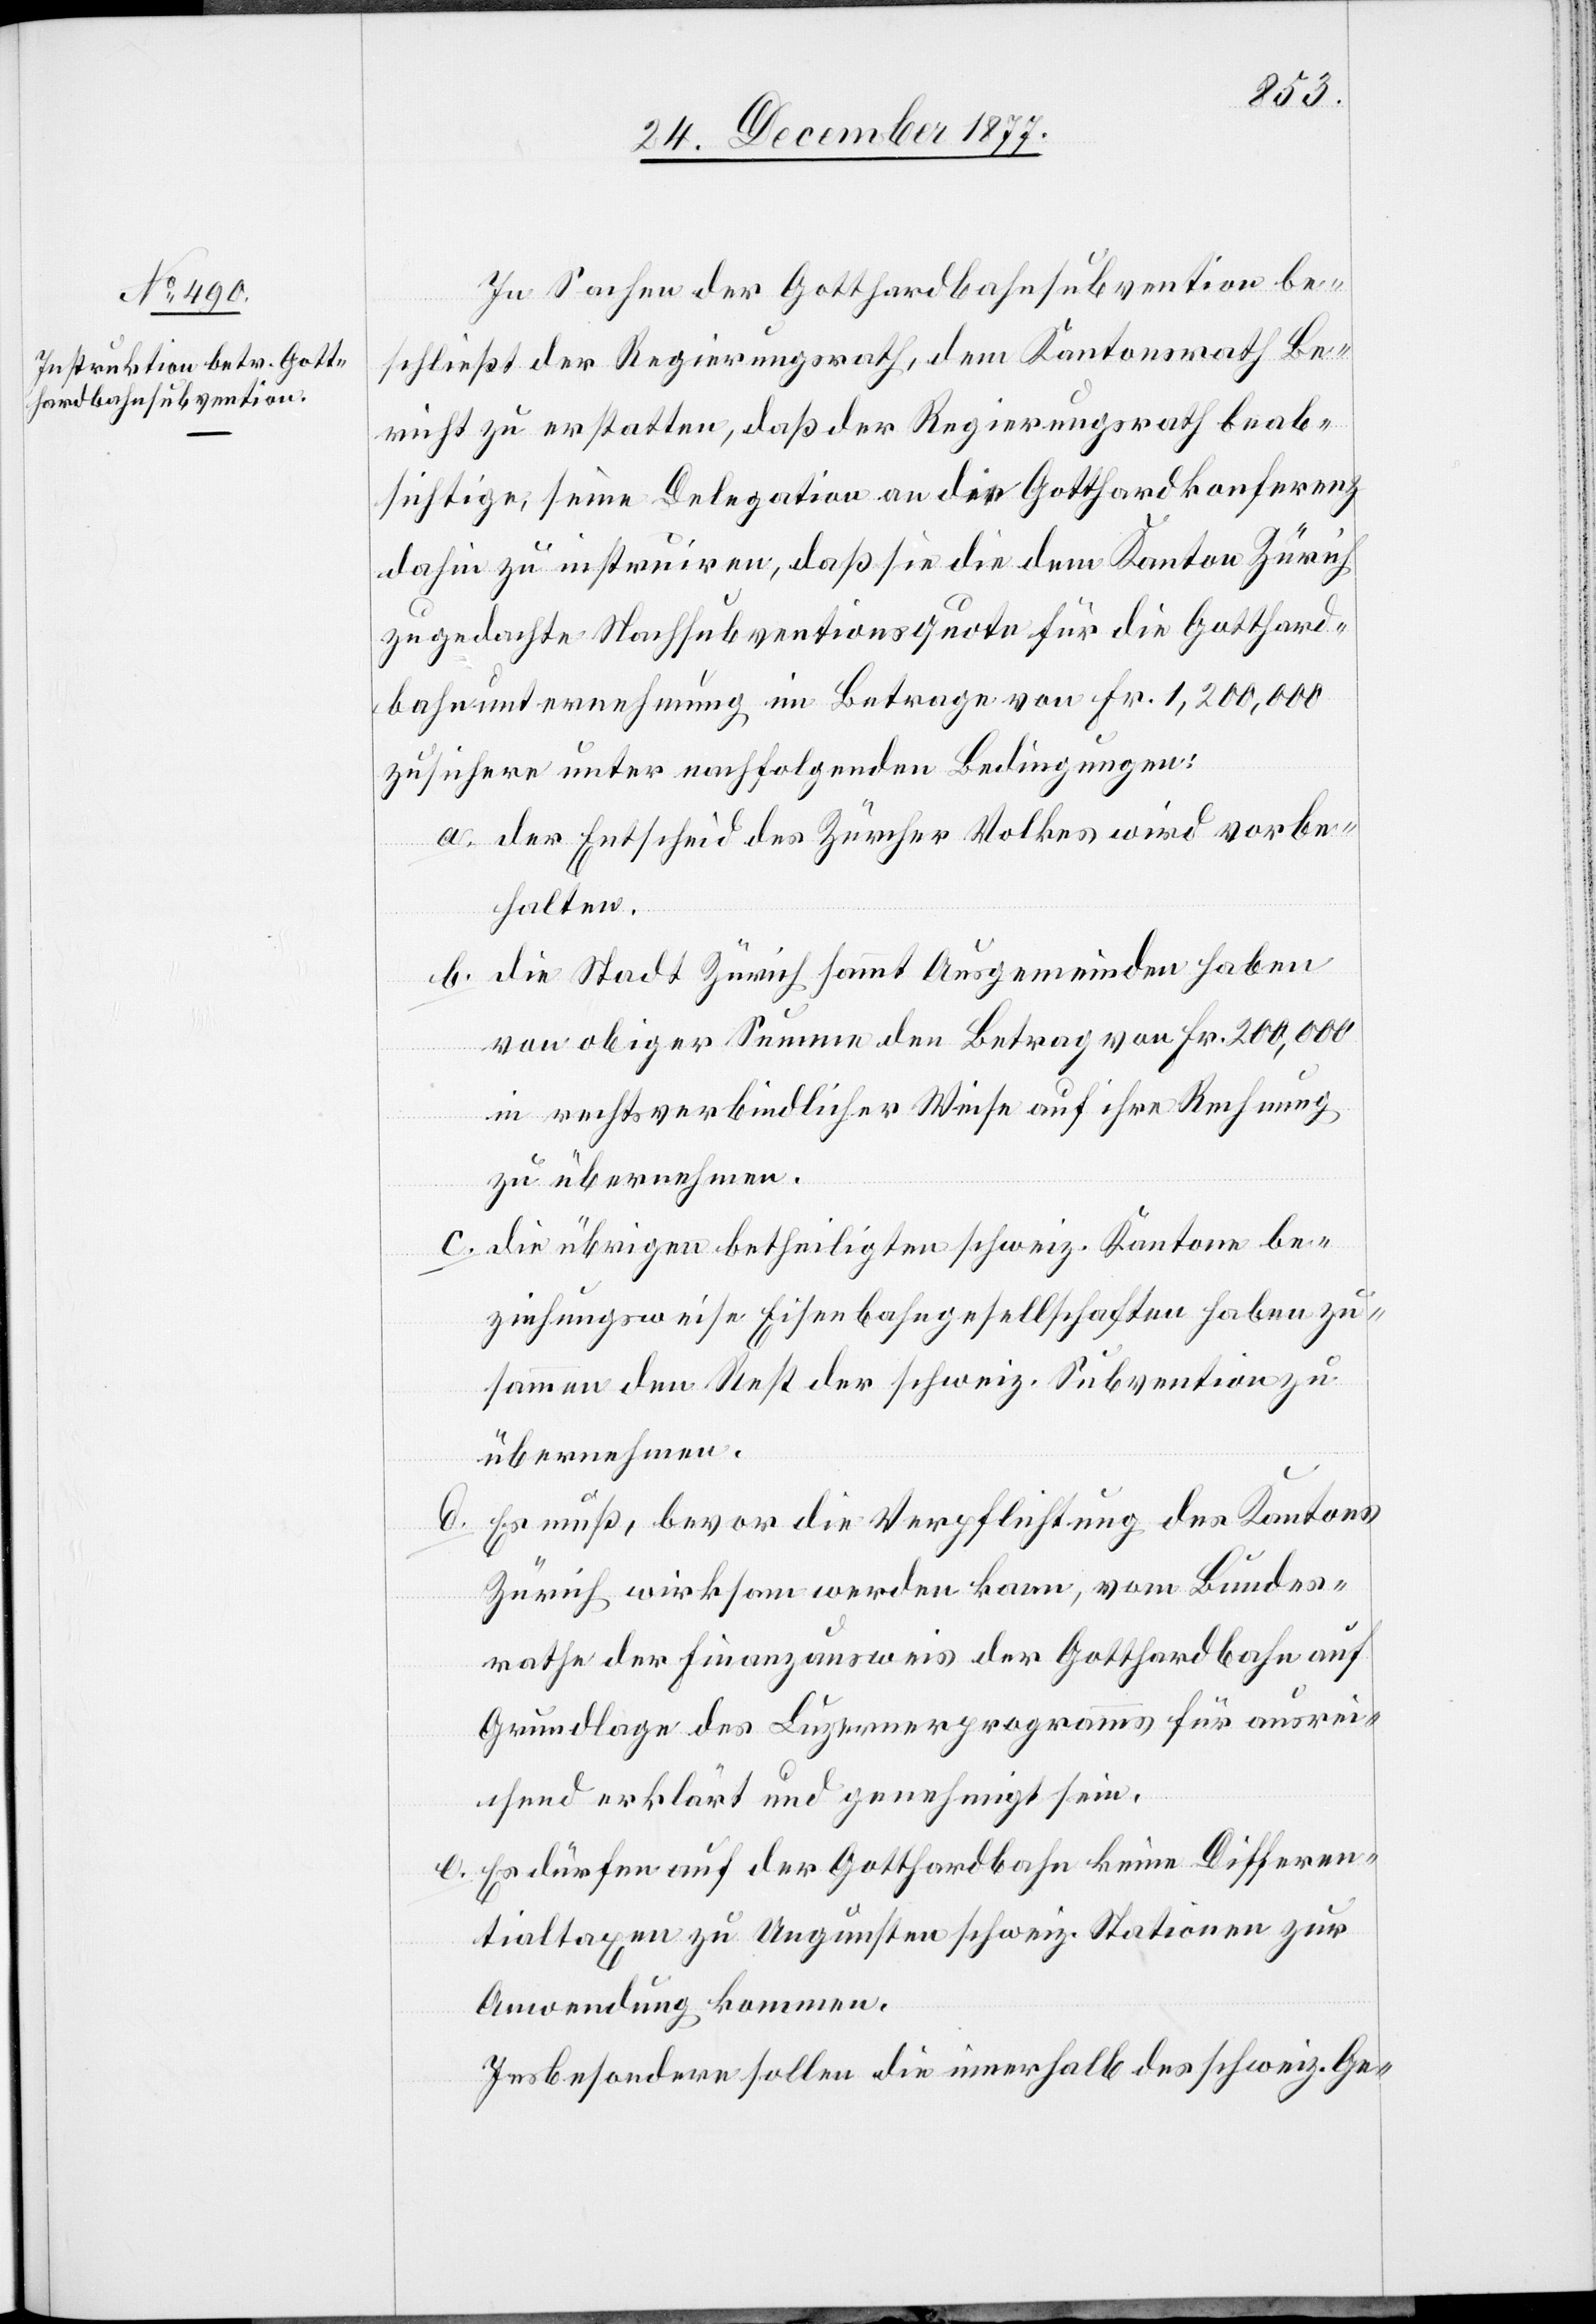
In Sachen der Gotthardbahnsubvention be¬
schließt der Regierungsrath, dem Kantonsrath Be¬
richt zu erstatten, daß der Regierungsrath beab¬
sichtige, seine Delegation an die Gotthardkonferenz
dahin zu instruiren, daß sie die dem Kanton Zürich
zugedachte Nachsubventionsquote für die Gotthard¬
bahnunternehmung im Betrage von Fr. 1,200,000
zusichere unter nachfolgenden Bedingungen:
der Entscheid des Zürcher Volkes wird vorbe¬
halten.
die Stadt Zürich sammt Ausgemeinden haben
von obiger Summe den Betrag von Fr. 200,000
in rechtsverbindlicher Weise auf ihre Rechnung
zu übernehmen.
die übrigen betheiligten schweiz. Kantone be¬
ziehungsweise Eisenbahngesellschaften haben zu¬
sammen den Rest der schweiz. Subvention zu
übernehmen.
Es muß, bevor die Verpflichtung des Kantons
Zürich wirksam werden kann, vom Bundes¬
rathe der Finanzausweis der Gotthardbahn auf
Grundlage des Luzernerprogramms für ausrei¬
chend erklärt und genehmigt sein.
Es dürfen auf der Gotthardbahn keine Differen¬
tialtaxen zu Ungunsten schweiz. Stationen zur
Anwendung kommen.
Insbesondere sollen die innerhalb des schweiz. Ge-